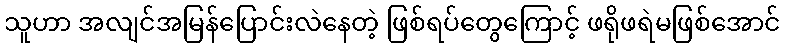
သူဟာ အလျင်အမြန်ပြောင်းလဲနေတဲ့ ဖြစ်ရပ်တွေကြောင့် ဖရိုဖရဲမဖြစ်အောင်